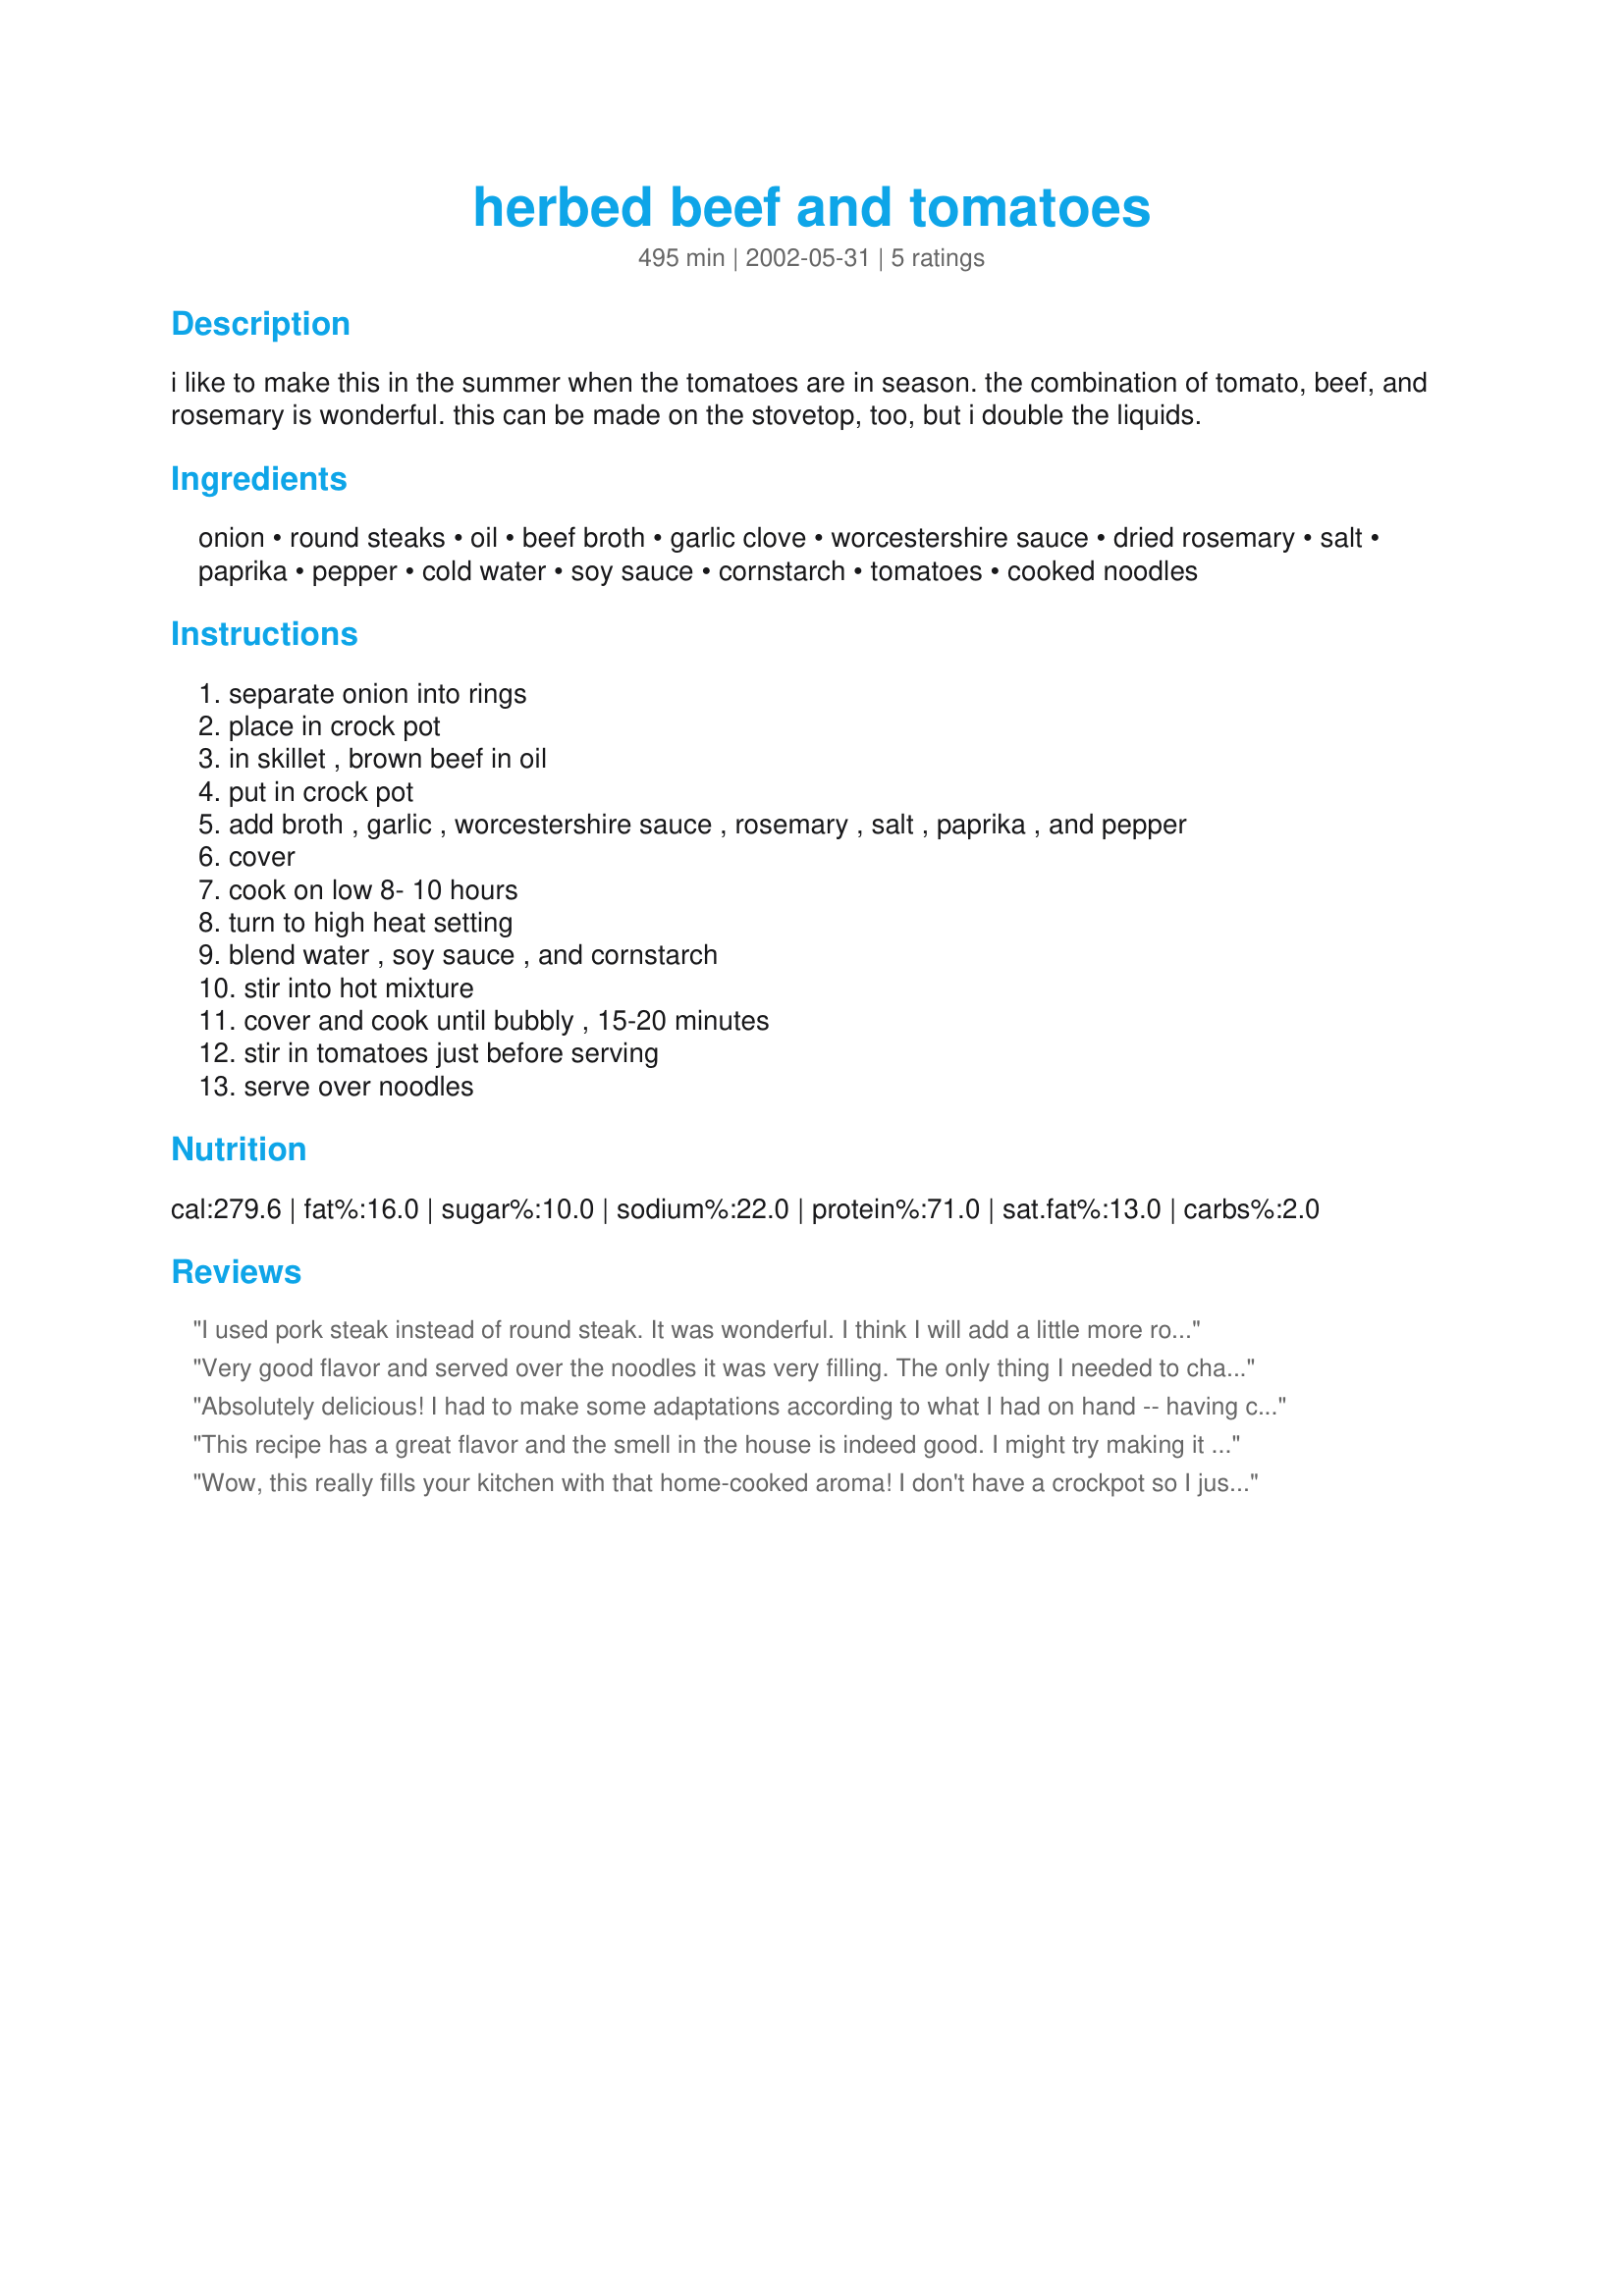
herbed beef and tomatoes
Preparation time: 495 minutes

i like to make this in the summer when the tomatoes are in season. the combination of tomato, beef, and rosemary is wonderful. this can be made on the stovetop, too, but i double the liquids.

Ingredients:
onion, round steaks, oil, beef broth, garlic clove, worcestershire sauce, dried rosemary, salt, paprika, pepper, cold water, soy sauce, cornstarch, tomatoes, cooked noodles

Steps:
separate onion into rings
place in crock pot
in skillet , brown beef in oil
put in crock pot
add broth , garlic , worcestershire sauce , rosemary , salt , paprika , and pepper
cover
cook on low 8- 10 hours
turn to high heat setting
blend water , soy sauce , and cornstarch
stir into hot mixture
cover and cook until bubbly , 15-20 minutes
stir in tomatoes just before serving
serve over noodles

Reviews:
I used pork steak instead of round steak. It was wonderful. I think I will add a little more rosemary if I make it with pork again.
Very good flavor and served over the noodles it was very filling. The only thing I needed to change was to add more liquid at the end because it was thicker then I liked. Next time I'll use 2 tablespoons instead of the 3 tablespoons of cornstarch. Another keeper, thank you.
Absolutely delicious!

I had to make some adaptations according to what I had on hand -- having chuck stew beef rather than round, being out of worchestershire and paprika, and leaving out the cornstarch because the adults are low-carbers -- but the essential Rosemary/Tomato/Beef flavor remains.

I would never had thought of putting tomatoes, rosemary, beef,a and soy sauce together but I'll be doing it again because there are no leftovers and the kids are hunting up bread to sop up the juice.
This recipe has a great flavor and the smell in the house is indeed good. I might try making it with a different cut of beef next time.
Wow, this really fills your kitchen with that home-cooked aroma! I don't have a crockpot so I just cooked this on low on the stovetop for about 2 hours, and I used those little steaks labeled *sandwich steaks* instead of round steaks and they were falling-apart-almost-shredded-tender. The rest of the recipe was followed to the letter and it came out perfectly. I had enough sauce and it was of the right thickness; I really like the addition of the rosemary. I served it with rigatoni and hubby was a very happy camper! Thanks papergoddess, this recipe is a keeper!
